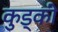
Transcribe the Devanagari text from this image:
कुड्की